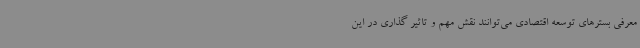
معرفی بسترهای توسعه اقتصادی می‌توانند نقش مهم و تاثیر گذاری در این